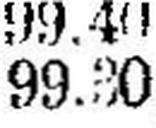
99.30